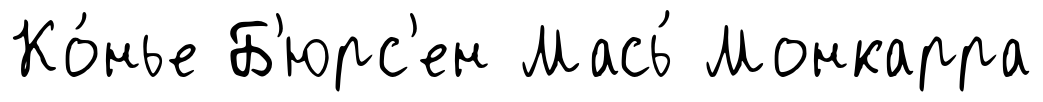
Ко́нье Б'юрс'ен Мась́ Монкарра